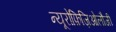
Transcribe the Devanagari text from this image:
न्यूरोफ़िज़िओलौजी